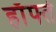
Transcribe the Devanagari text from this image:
हाँफ्ते